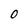
Character: O